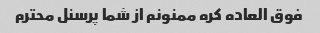
فوق العاده کره ممنونم از شما پرسنل محترم